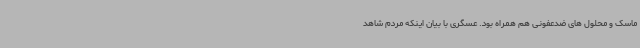
ماسک و محلول های ضدعفونی هم همراه بود. عسگری با بیان اینکه مردم شاهد